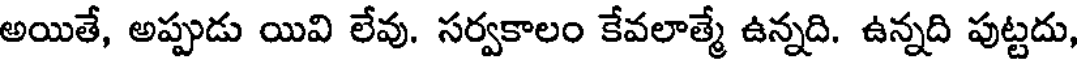
అయితే, అప్పుడు యివి లేవు. సర్వకాలం కేవలాత్మే ఉన్నది. ఉన్నది పుట్టదు,